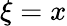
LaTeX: \xi=x